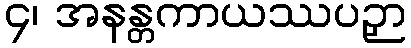
၄၊ အနန္တကာယဿပဉှာ